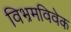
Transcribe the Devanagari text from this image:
विभ्रमविवेक